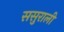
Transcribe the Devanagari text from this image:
ससुराली